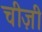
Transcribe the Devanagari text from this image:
चीज़ी